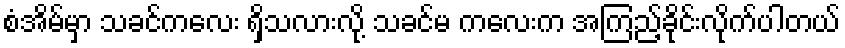
စံအိမ်မှာ သခင်ကလေး ရှိသလားလို့ သခင်မ ကလေးက အကြည့်ခိုင်းလိုက်ပါတယ်